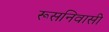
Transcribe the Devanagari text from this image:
रूसनिवासी